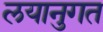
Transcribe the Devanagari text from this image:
लयानुगत